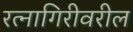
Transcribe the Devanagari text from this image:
रत्नागिरीवरील